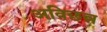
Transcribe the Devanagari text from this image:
अविछन्न